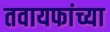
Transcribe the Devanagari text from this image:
तवायफांच्या